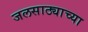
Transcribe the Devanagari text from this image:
जलसाठ्याच्या